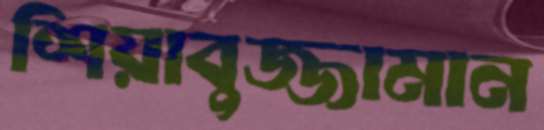
শিয়াবুজ্জামান